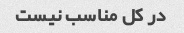
در کل مناسب نیست